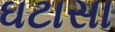
ઘટાસા